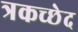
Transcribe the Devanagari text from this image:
त्रकच्छेद